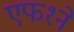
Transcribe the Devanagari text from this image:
एफ१ने